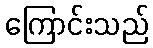
ကြောင်းသည်